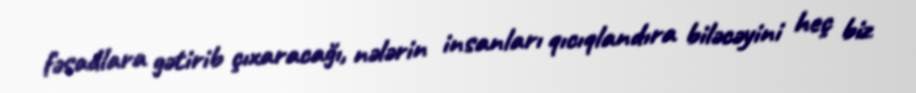
fəsadlara gətirib çıxaracağı, nələrin insanları qıcıqlandıra biləcəyini heç biz